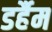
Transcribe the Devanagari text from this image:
डर्हैम